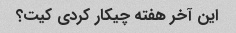
این آخر هفته چیکار کردی کیت؟